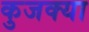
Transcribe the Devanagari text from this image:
कुजक्या